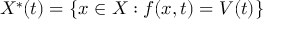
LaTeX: X ^ { \ast } ( t ) = \{ x \in X : f ( x , t ) = V ( t ) \}